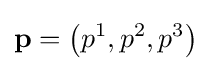
\mathbf {p} =\left(p^{1},p^{2},p^{3}\right)